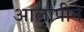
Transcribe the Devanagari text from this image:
आलापीने